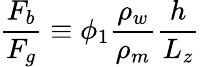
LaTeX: \frac{F_{b}}{F_{g}}\equiv\phi_{1}\frac{\rho_{w}}{\rho_{m}}\frac{h}{L_{z}}